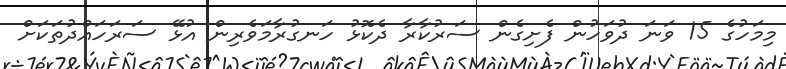
މިމަހުގެ 15 ވަނަ ދުވަހުން ފެށިގެން ސަރުކާރާ ދެކޮޅު ހަނގުރާމަވެރިން އުޅޭ ސަރަހައްދުތަކަށް